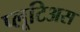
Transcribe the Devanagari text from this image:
प्लूटिअस